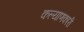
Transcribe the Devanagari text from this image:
कल्‍याणकारी